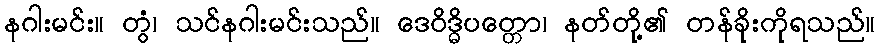
နဂါးမင်း။ တွံ၊ သင်နဂါးမင်းသည်။ ဒေဝိဒ္ဓိပတ္တော၊ နတ်တို့၏ တန်ခိုးကိုရသည်။